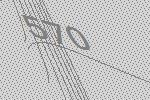
570